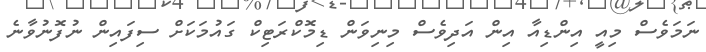
ނަމަވެސް މިއީ އިންޑިއާ އިން އަދިވެސް މިނިވަން ޑިމޮކްރަޓިކް ގައުމަކަށް ސިފައިން ނުފޮނުވާނެ